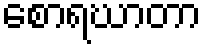
စောရဃာတာ